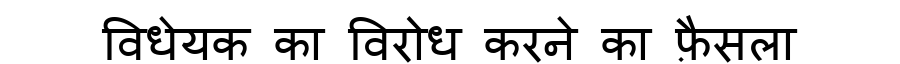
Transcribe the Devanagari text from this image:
विधेयक का विरोध करने का फ़ैसला